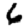
Digit: 6